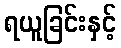
ရယူခြင်းနှင့်